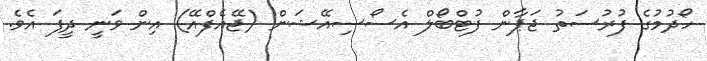
ހޯދުމުގެ ފުރުސަތު ޖަޕާން ފުޓްބޯލް އެސޯސިއޭޝަން (ޖޭއެފްއޭ) އިން ވަނީ ދީފަ އެވެ.